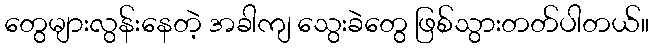
တွေများလွန်းနေတဲ့ အခါကျ သွေးခဲတွေ ဖြစ်သွားတတ်ပါတယ်။